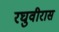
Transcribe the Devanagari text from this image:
रघुवीरास